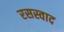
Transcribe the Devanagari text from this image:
रसस्वाद